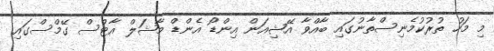
މި މަހު ތުރުކުމެނިސްތާނުގައި ބާއްވާ އޭޝިއަން އިންޑޯ އެންޑް މާޝަލް އާޓްސް ގޭމްސްގައި